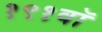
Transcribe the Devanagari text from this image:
१९१वॉ